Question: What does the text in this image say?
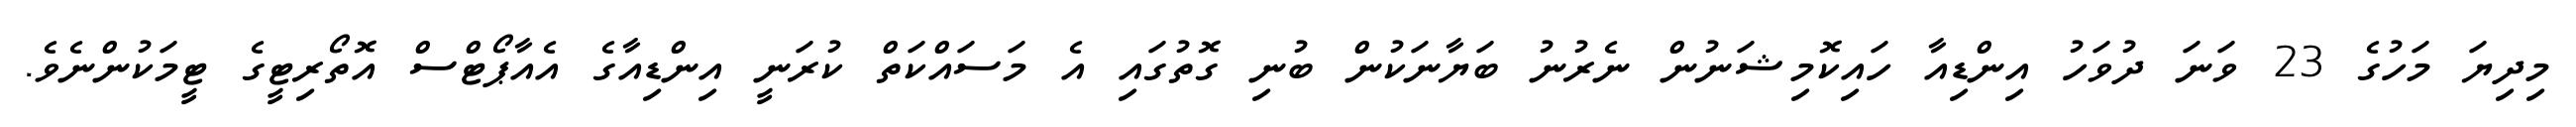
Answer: މިދިޔަ މަހުގެ 23 ވަނަ ދުވަހު އިންޑިއާ ހައިކޮމިޝަނުން ނެރުނު ބަޔާނަކުން ބުނި ގޮތުގައި އެ މަސައްކަތް ކުރަނީ އިންޑިއާގެ އެއާޕޯޓްސް އޮތޯރިޓީގެ ޓީމަކުންނެވެ.